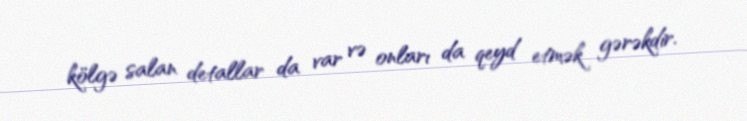
kölgə salan detallar da var və onları da qeyd etmək gərəkdir.